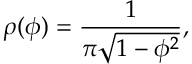
\rho ( \phi ) = \frac { 1 } { \pi \sqrt { 1 - \phi ^ { 2 } } } ,